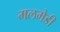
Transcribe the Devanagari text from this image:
मलमेडी